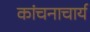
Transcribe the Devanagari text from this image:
कांचनाचार्य